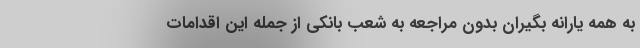
به همه یارانه بگیران بدون مراجعه به شعب بانکی از جمله این اقدامات